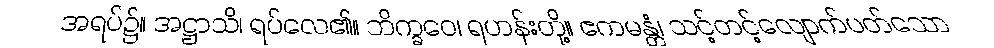
အရပ်၌။ အဋ္ဌာသိ၊ ရပ်လေ၏။ ဘိက္ခဝေ၊ ရဟန်းတို့။ ဧကမန္တံ၊ သင့်တင့်လျောက်ပတ်သော